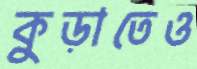
কুড়াতেও